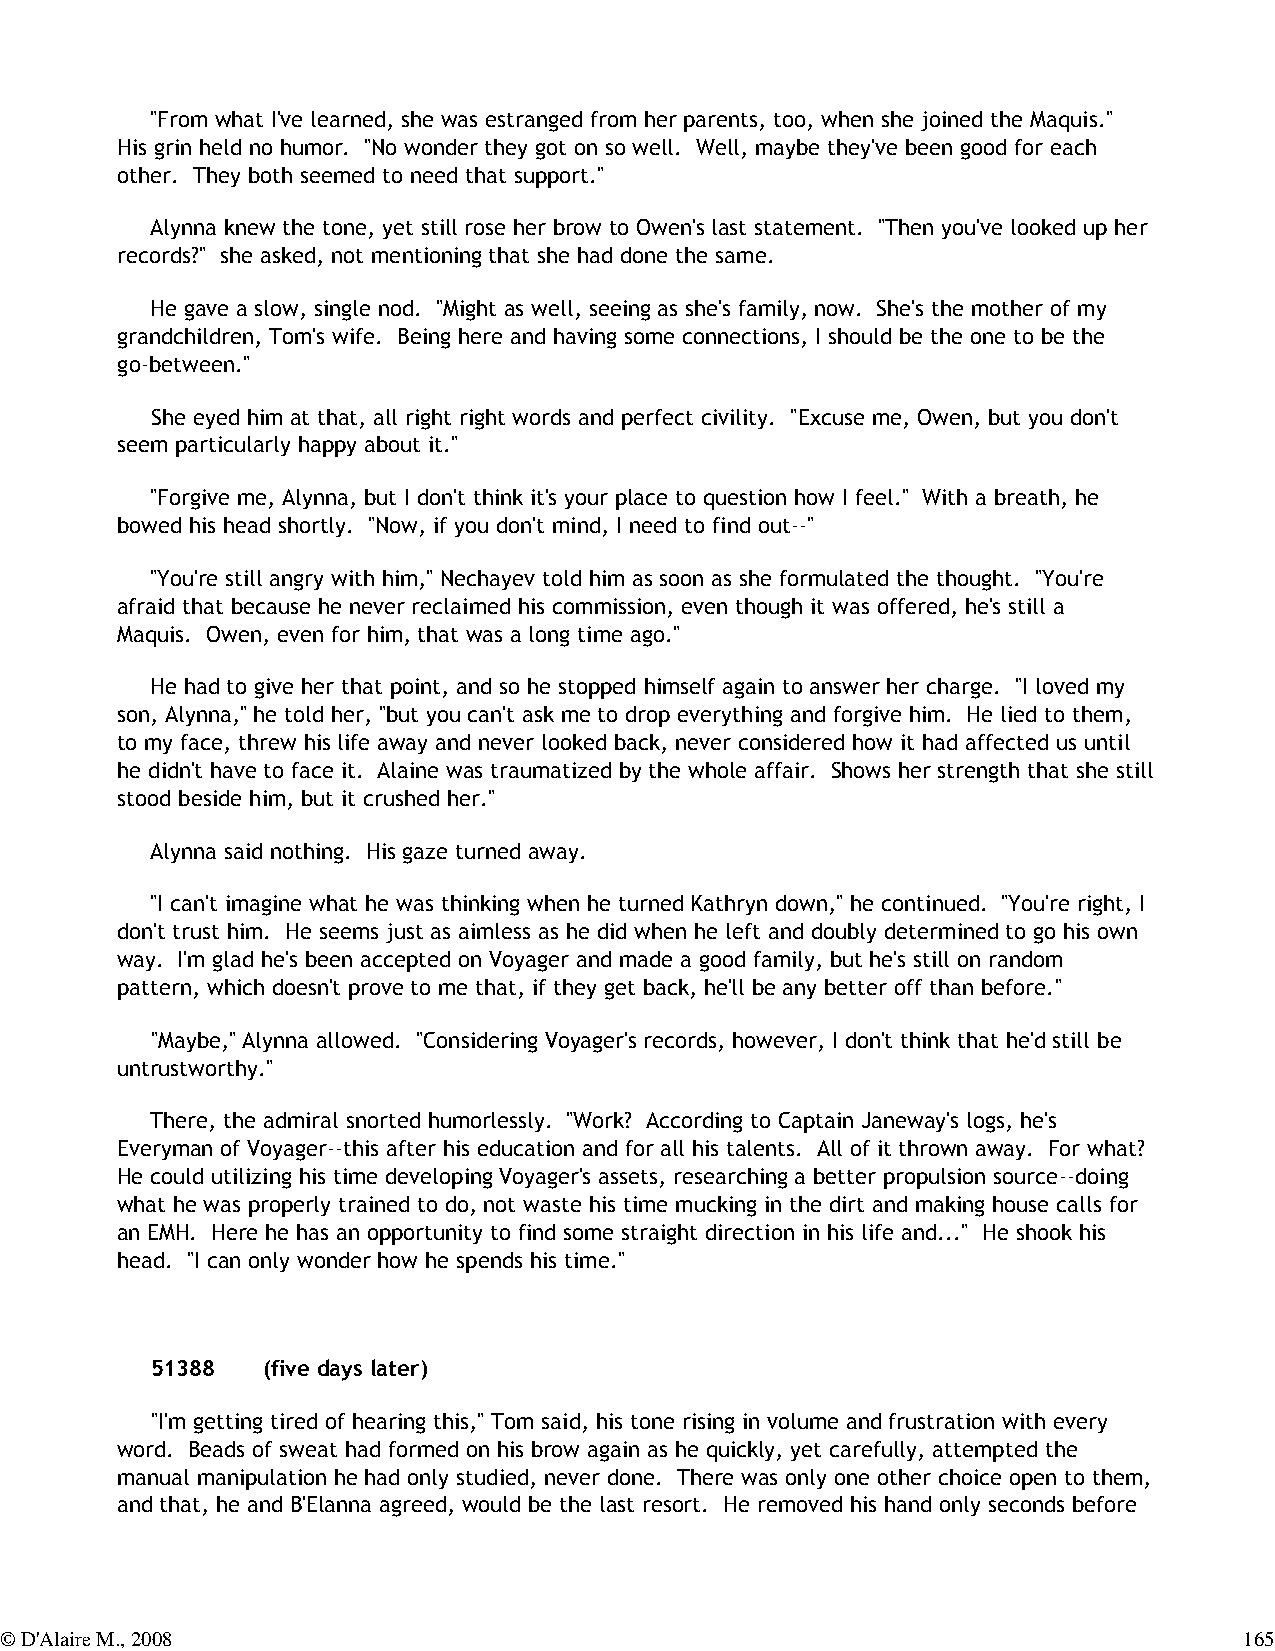
"From what I've learned, she was estranged from her parents, too, when she joined the Maquis."
 His grin held no humor. "No wonder they got on so well. Well, maybe they've been good for each
 other. They both seemed to need that support."
 Alynna knew the tone, yet still rose her brow to Owen's last statement. "Then you've looked up her
 records?" she asked, not mentioning that she had done the same.
 He gave a slow, single nod. "Might as well, seeing as she's family, now. She's the mother of my
 grandchildren, Tom's wife. Being here and having some connections, I should be the one to be the
 go-between."
 She eyed him at that, all right right words and perfect civility. "Excuse me, Owen, but you don't
 seem particularly happy about it."
 "Forgive me, Alynna, but I don't think it's your place to question how I feel." With a breath, he
 bowed his head shortly. "Now, if you don't mind, I need to find out--"
 "You're still angry with him," Nechayev told him as soon as she formulated the thought. "You're
 afraid that because he never reclaimed his commission, even though it was offered, he's still a
 Maquis. Owen, even for him, that was a long time ago."
 He had to give her that point, and so he stopped himself again to answer her charge. "I loved my
 son, Alynna," he told her, "but you can't ask me to drop everything and forgive him. He lied to them,
 to my face, threw his life away and never looked back, never considered how it had affected us until
 he didn't have to face it. Alaine was traumatized by the whole affair. Shows her strength that she still
 stood beside him, but it crushed her."
 Alynna said nothing. His gaze turned away.
 "I can't imagine what he was thinking when he turned Kathryn down," he continued. "You're right, I
 don't trust him. He seems just as aimless as he did when he left and doubly determined to go his own
 way. I'm glad he's been accepted on Voyager and made a good family, but he's still on random
 pattern, which doesn't prove to me that, if they get back, he'll be any better off than before."
 "Maybe," Alynna allowed. "Considering Voyager's records, however, I don't think that he'd still be
 untrustworthy."
 There, the admiral snorted humorlessly. "Work? According to Captain Janeway's logs, he's
 Everyman of Voyager--this after his education and for all his talents. All of it thrown away. For what?
 He could utilizing his time developing Voyager's assets, researching a better propulsion source--doing
 what he was properly trained to do, not waste his time mucking in the dirt and making house calls for
 an EMH. Here he has an opportunity to find some straight direction in his life and..." He shook his
 head. "I can only wonder how he spends his time."
 51388  (five days later)
 "I'm getting tired of hearing this," Tom said, his tone rising in volume and frustration with every
 word. Beads of sweat had formed on his brow again as he quickly, yet carefully, attempted the
 manual manipulation he had only studied, never done. There was only one other choice open to them,
 and that, he and B'Elanna agreed, would be the last resort. He removed his hand only seconds before
 © D'Alaire M., 2008                                                               165